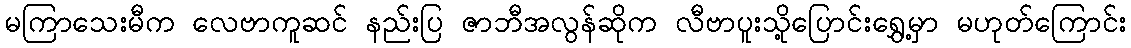
မကြာသေးမီက လေဗာကူဆင် နည်းပြ ဇာဘီအလွန်ဆိုက လီဗာပူးသို့ပြောင်းရွှေ့မှာ မဟုတ်ကြောင်း